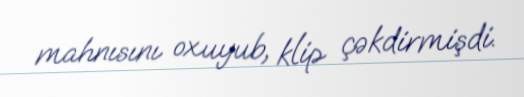
mahnısını oxuyub, klip çəkdirmişdi.